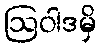
ဩဝါဒမှိ